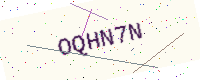
Text: OQHN7N